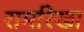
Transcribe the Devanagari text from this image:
रामरिखा